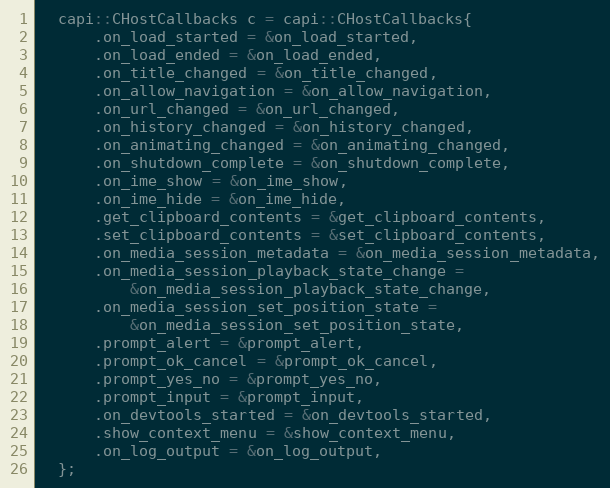
Language: C++
  capi::CHostCallbacks c = capi::CHostCallbacks{
      .on_load_started = &on_load_started,
      .on_load_ended = &on_load_ended,
      .on_title_changed = &on_title_changed,
      .on_allow_navigation = &on_allow_navigation,
      .on_url_changed = &on_url_changed,
      .on_history_changed = &on_history_changed,
      .on_animating_changed = &on_animating_changed,
      .on_shutdown_complete = &on_shutdown_complete,
      .on_ime_show = &on_ime_show,
      .on_ime_hide = &on_ime_hide,
      .get_clipboard_contents = &get_clipboard_contents,
      .set_clipboard_contents = &set_clipboard_contents,
      .on_media_session_metadata = &on_media_session_metadata,
      .on_media_session_playback_state_change =
          &on_media_session_playback_state_change,
      .on_media_session_set_position_state =
          &on_media_session_set_position_state,
      .prompt_alert = &prompt_alert,
      .prompt_ok_cancel = &prompt_ok_cancel,
      .prompt_yes_no = &prompt_yes_no,
      .prompt_input = &prompt_input,
      .on_devtools_started = &on_devtools_started,
      .show_context_menu = &show_context_menu,
      .on_log_output = &on_log_output,
  };